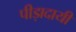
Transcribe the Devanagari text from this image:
पीड़ादायी